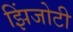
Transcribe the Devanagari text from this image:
झिंजोटी